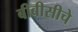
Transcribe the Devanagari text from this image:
बीबीसीचे